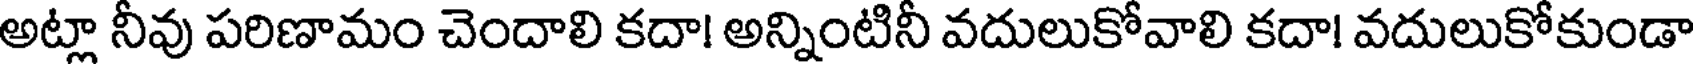
అట్లా నీవు పరిణామం చెందాలి కదా! అన్నింటినీ వదులుకోవాలి కదా! వదులుకోకుండా